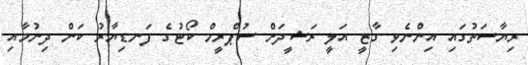
ރިޔާސަތުގައި އިންނެވި ގާޒީ އަލީ ރަޝީދަށް ސުޕްރީމް ކޯޓުގެ ފަނޑިޔާރު ކަން ދިނުމާއި